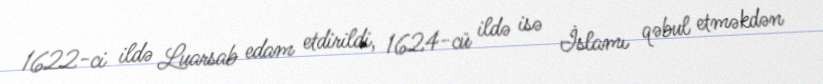
1622-ci ildə Luarsab edam etdirildi, 1624-cü ildə isə İslamı qəbul etməkdən